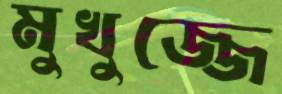
মুখুজ্জে